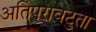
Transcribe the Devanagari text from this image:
अतिपरावटुता